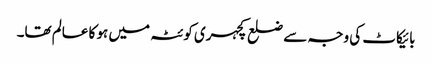
بائیکاٹ کی وجہ سے ضلع کچہری کوئٹہ میں ہو کا عالم تھا۔